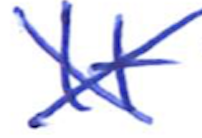
Text: It
Cross-out: cross
Writing tool: ballpoint